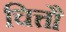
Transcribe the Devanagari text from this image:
चित्तौ